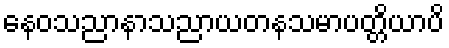
နေဝသညာနာသညာယတနသမာပတ္တိယာပိ